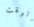
الوقت